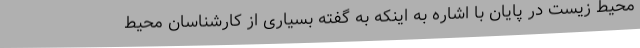
محیط زیست در پایان با اشاره به اینکه به گفته بسیاری از کارشناسان محیط